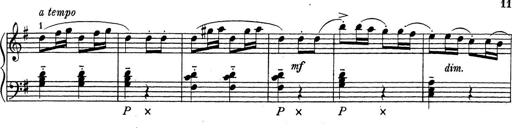
Title: ÄŒeskÃ© Sonatiny
Composer: Various